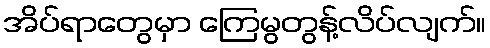
အိပ်ရာတွေမှာ ကြေမွတွန့်လိပ်လျက်။